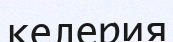
келерия